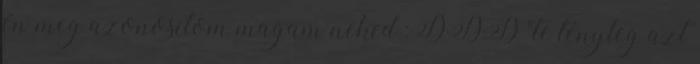
én meg azonosítom magam neked :DDD "te tényleg azt